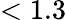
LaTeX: <1.3